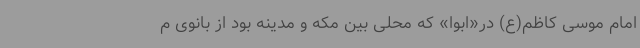
امام موسی کاظم(ع) در«ابوا» که محلی بین مکه و مدینه بود از بانوی م